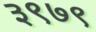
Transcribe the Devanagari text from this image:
३९७९